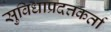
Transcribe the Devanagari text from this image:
सुविधाप्रदत्तकर्ता